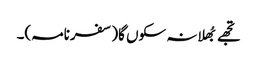
تجھے بُھلا نہ سکوں گا(سفرنامہ)۔